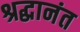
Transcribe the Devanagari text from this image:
श्रद्धानंत